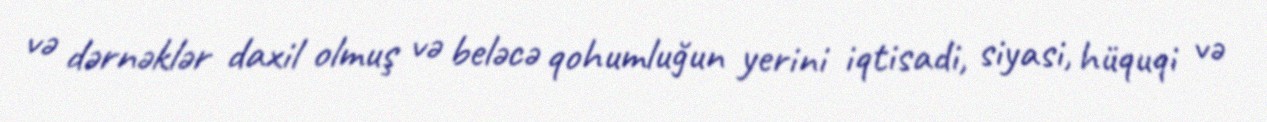
və dərnəklər daxil olmuş və beləcə qohumluğun yerini iqtisadi, siyasi, hüquqi və